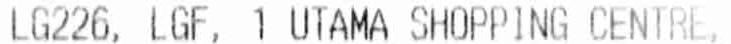
LG226, LGF, 1 UTAMA SHOPPING CENTRE,